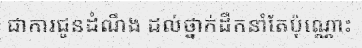
ជាការជូនដំណឹង ដល់ថ្នាក់ដឹកនាំតែប៉ុណ្ណោះ